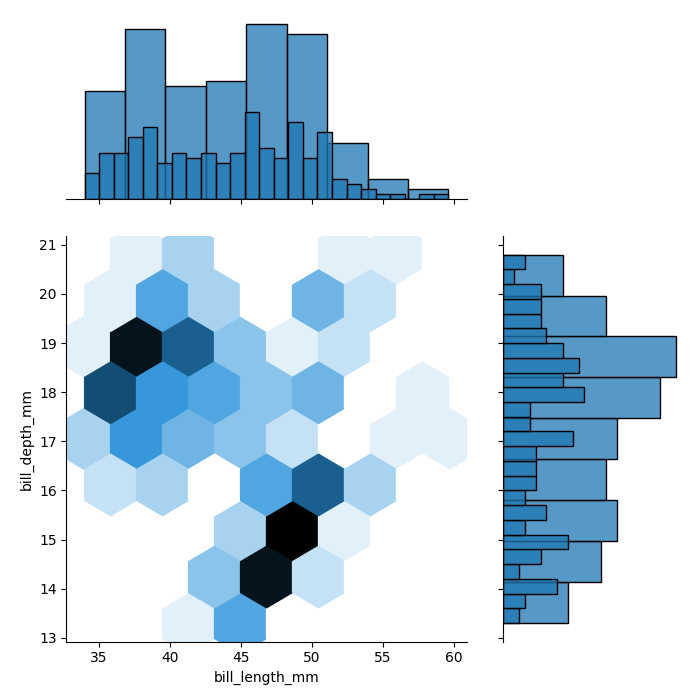
python, seaborn, jointplot, kind='hex', height='7', ratio='2', marginal_ticks='False'